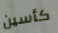
كأسين